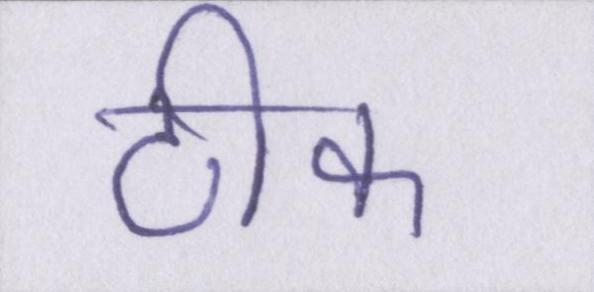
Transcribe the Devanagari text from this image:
ठीक